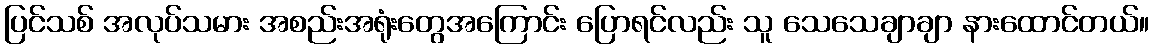
ပြင်သစ် အလုပ်သမား အစည်းအရုံးတွေအကြောင်း ပြောရင်လည်း သူ သေသေချာချာ နားထောင်တယ်။